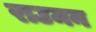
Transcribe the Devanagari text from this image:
राउमन